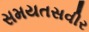
સમયતસવીર